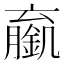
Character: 𬫼